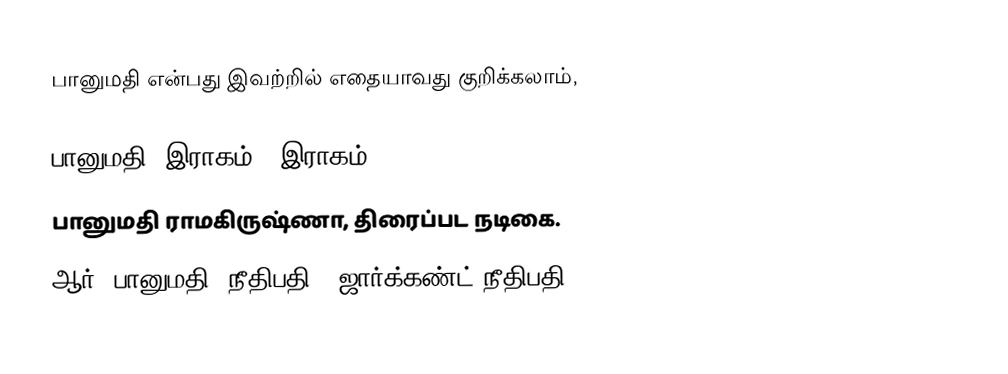
பானுமதி என்பது இவற்றில் எதையாவது குறிக்கலாம்,

 பானுமதி (இராகம்), இராகம்.
 பானுமதி ராமகிருஷ்ணா, திரைப்பட நடிகை.
 ஆர். பானுமதி (நீதிபதி), ஜார்க்கண்ட் நீதிபதி.